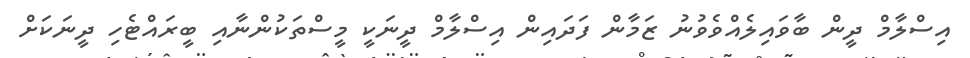
އިސްލާމް ދީން ބާވައިލެއްވެވުނު ޒަމާން ފަދައިން އިސްލާމް ދީނަކީ މީސްތަކުންނާއި ބީރައްޓެހި ދީނަކަށް